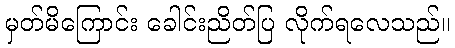
မှတ်မိကြောင်း ခေါင်းညိတ်ပြ လိုက်ရလေသည်။